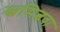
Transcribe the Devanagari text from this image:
स्वमित्ववा